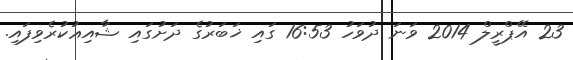
23 އޭޕްރީލް 2014 ވަނަ ދުވަހު 16:53 ގައި ޚަބަރުގެ ދަށުގައި ޝާއިޢުކުރެވިފައި.